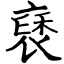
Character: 褎